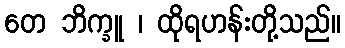
တေ ဘိက္ခူ ၊ ထိုရဟန်းတို့သည်။